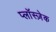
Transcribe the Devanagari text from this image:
प्लाॅस्ज़ेक